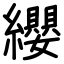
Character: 纓